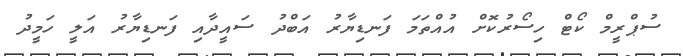
ސުޕްރީމް ކޯޓް ހިސޯރުކޮށް އުއްތަމަ ފަނޑިޔާރު އަބްދު ސައީދާއި ފަނޑިޔާރު އަލީ ހަމީދު